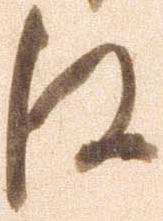
江